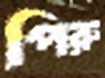
পিরু